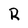
Character: R